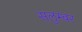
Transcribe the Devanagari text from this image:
सलुम्‍बर